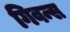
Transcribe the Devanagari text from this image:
गिवन्स